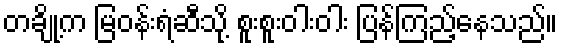
တချို့က မြဝန်းရံဆီသို့ စူးစူးဝါးဝါး ပြန်ကြည့်နေသည်။